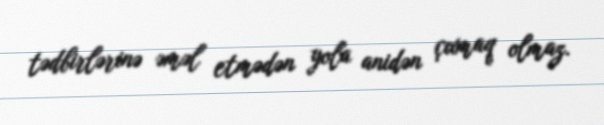
tədbirlərinə əməl etmədən yola anidən çıxmaq olmaz.